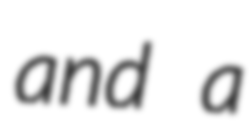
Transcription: and a